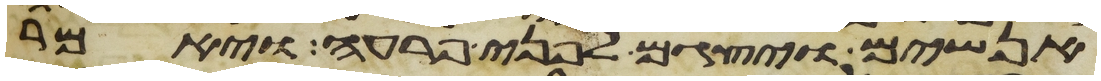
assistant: אנשים ויצגם לפני פרעה ויאמר